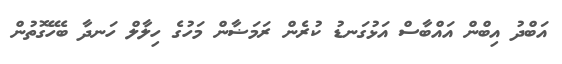
އަބްދު އިބްން އައްބާސް އަޅުގަނޑު ކުރެން ރަމަޟާން މަހުގެ ހިލާލް ހަނދާ ބެހޭގޮތުން